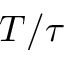
T / \tau